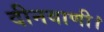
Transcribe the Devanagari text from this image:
दीनवाणी।